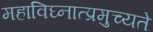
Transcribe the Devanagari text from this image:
महाविघ्नात्प्रमुच्यते